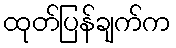
ထုတ်ပြန်ချက်က